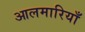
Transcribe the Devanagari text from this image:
आलमारियाँ